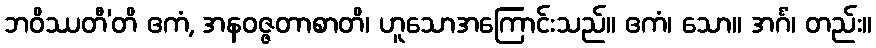
ဘဝိဿတီ’တိ ဧကံ, အနဝဇ္ဇတာစာတိ၊ ဟူသောအကြောင်းသည်။ ဧကံ၊ သော။ အင်္ဂံ၊ တည်း။